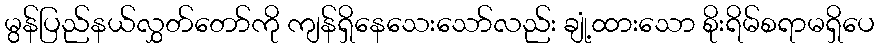
မွန်ပြည်နယ်လွှတ်တော်ကို ကျန်ရှိနေသေးသော်လည်း ချုံ့ထားသော စိုးရိမ်စရာမရှိပေ